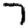
Digit: 7